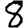
Digit: 8